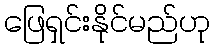
ဖြေရှင်းနိုင်မည်ဟု